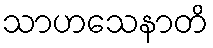
သာဟသေနာတိ